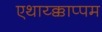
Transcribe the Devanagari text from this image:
एथाय्क्काप्पम